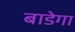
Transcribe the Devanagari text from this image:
बाडेगा